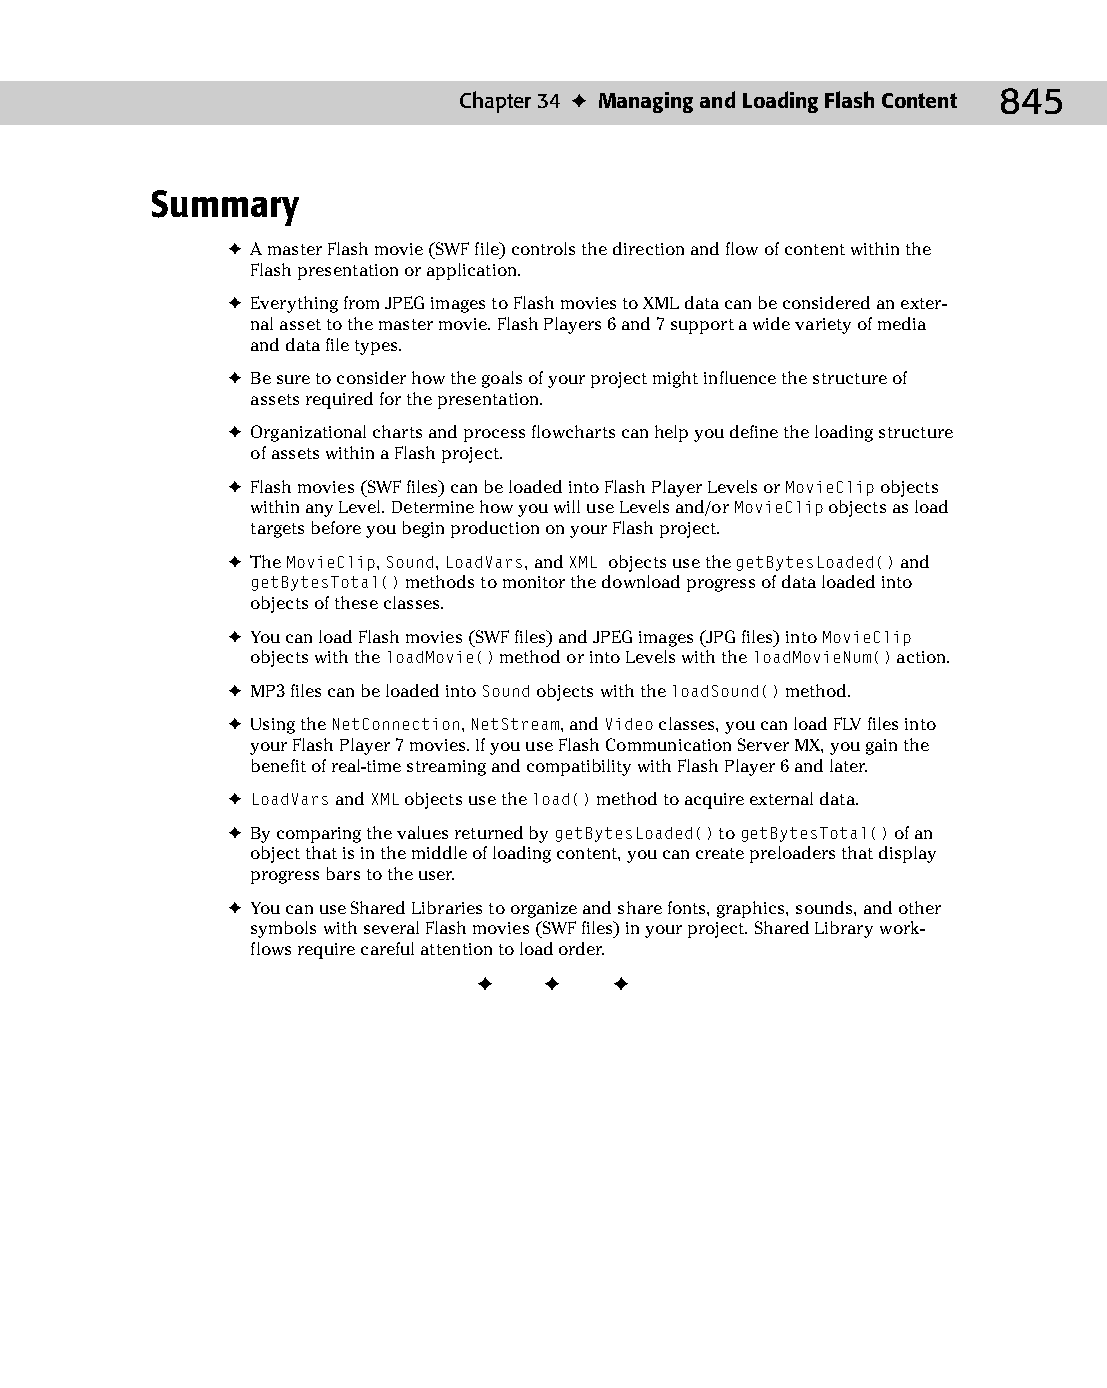
45 543547 ch34.qxd 3/24/04 4:15 PM Page 845
 Chapter 34 ✦ Managing and Loading Flash Content 845
 Summary
 ✦ A master Flash movie (SWF file) controls the direction and flow of content within the
 Flash presentation or application.
 ✦ Everything from JPEG images to Flash movies to XML data can be considered an exter­
 nal asset to the master movie. Flash Players 6 and 7 support a wide variety of media
 and data file types.
 ✦ Be sure to consider how the goals of your project might influence the structure of
 assets required for the presentation.
 ✦ Organizational charts and process flowcharts can help you define the loading structure
 of assets within a Flash project.
 ✦ Flash movies (SWF files) can be loaded into Flash Player Levels or MovieClip objects
 within any Level. Determine how you will use Levels and/or MovieClip objects as load
 targets before you begin production on your Flash project.
 ✦ The MovieClip, Sound, LoadVars, and XML objects use the getBytesLoaded() and
 getBytesTotal() methods to monitor the download progress of data loaded into
 objects of these classes.
 ✦ You can load Flash movies (SWF files) and JPEG images (JPG files) into MovieClip
 objects with the loadMovie() method or into Levels with the loadMovieNum() action.
 ✦ MP3 files can be loaded into Sound objects with the loadSound() method.
 ✦ Using the NetConnection, NetStream, and Video classes, you can load FLV files into
 your Flash Player 7 movies. If you use Flash Communication Server MX, you gain the
 benefit of real-time streaming and compatibility with Flash Player 6 and later.
 ✦ LoadVars and XML objects use the load() method to acquire external data.
 ✦ By comparing the values returned by getBytesLoaded() to getBytesTotal() of an
 object that is in the middle of loading content, you can create preloaders that display
 progress bars to the user.
 ✦ You can use Shared Libraries to organize and share fonts, graphics, sounds, and other
 symbols with several Flash movies (SWF files) in your project. Shared Library work­
 flows require careful attention to load order.
 ✦  ✦  ✦